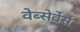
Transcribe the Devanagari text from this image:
वेब्सेर्वेर्स